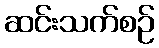
ဆင်းသက်စဉ်